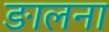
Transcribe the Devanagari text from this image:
ङालना